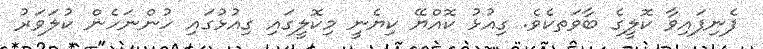
ފެނިފައިވާ ކޮލީގެ ބާވަތކެވެ. ގިއުޅު ކޮއްޔޭ ކިޔެނީ މިކޮލީގައި ގިއުޅުގައި ހުންނަހެން ކުލަވަރު